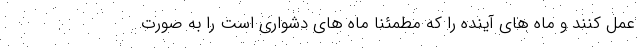
عمل کنند و ماه های آینده را که مطمئنا ماه های دشواری است را به صورت